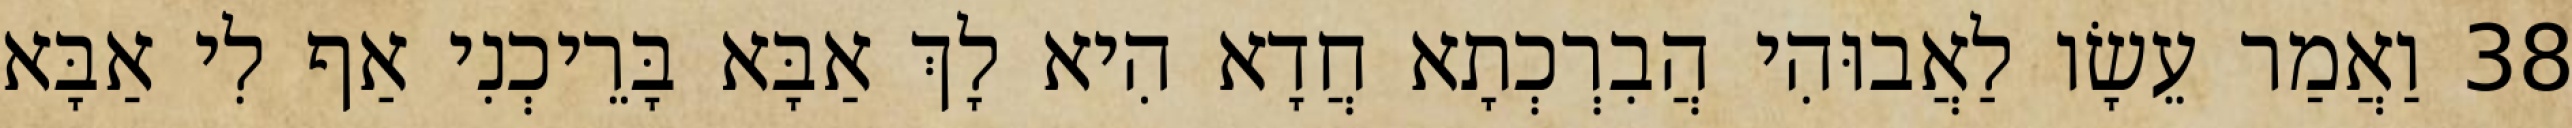
38 וַאֲמַר עֵשָׂו לַאֲבוּהִי הֲבִרְכְתָא חֲדָא הִיא לָךְ אַבָּא בָּרֵיכְנִי אַף לִי אַבָּא